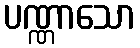
ပဏ္ဏာသော